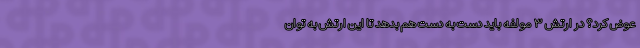
عوض کرد؟ در ارتش ۳ مولفه باید دست به دست هم بدهد تا این ارتش به توان